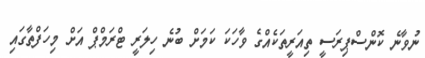
ނުވާނެ ކޮންސްޕިރަސީ ތިއަރީތަކެއްގެ ވާހަކަ ކަމަށް ބުނެ ހިލަރީ ޓްރަމްޕް އަށް މިހަފްތާގައި